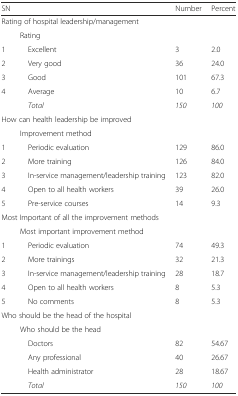
| SN |  | Number | Percent |
 | --- | --- | --- | --- |
 | <COLSPAN=4> Rating of hospital leadership/management |
 |  | Rating |  |  |
 | 1 | Excellent | 3 | 2.0 |
 | 2 | Very good | 36 | 24.0 |
 | 3 | Good | 101 | 67.3 |
 | 4 | Average | 10 | 6.7 |
 |  | Total | 150 | 100 |
 | <COLSPAN=4> How can health leadership be improved |
 |  | Improvement method |  |  |
 | 1 | Periodic evaluation | 129 | 86.0 |
 | 2 | More training | 126 | 84.0 |
 | 3 | In-service management/leadership training | 123 | 82.0 |
 | 4 | Open to all health workers | 39 | 26.0 |
 | 5 | Pre-service courses | 14 | 9.3 |
 | <COLSPAN=4> Most Important of all the improvement methods |
 |  | Most important improvement method |  |  |
 | 1 | Periodic evaluation | 74 | 49.3 |
 | 2 | More trainings | 32 | 21.3 |
 | 3 | In-service management/leadership training | 28 | 18.7 |
 | 4 | Open to all health workers | 8 | 5.3 |
 | 5 | No comments | 8 | 5.3 |
 | <COLSPAN=4> Who should be the head of the hospital |
 |  | Who should be the head |  |  |
 |  | Doctors | 82 | 54.67 |
 |  | Any professional | 40 | 26.67 |
 |  | Health administrator | 28 | 18.67 |
 |  | Total | 150 | 100 |